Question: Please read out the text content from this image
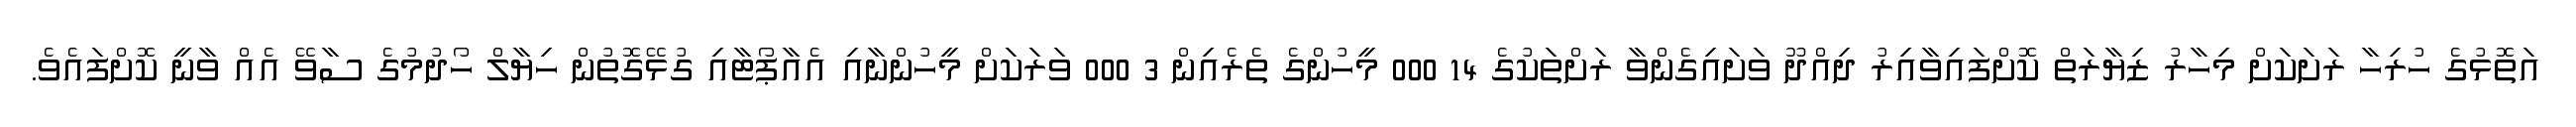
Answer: އަތޮޅުގެ ހުރިހާ ރަށަކަށް މިހާރު ޒިޔާރަތް ކޮށްފައިވާއިރު ދިއްދޫ ވަށައިގެންވާ ރަށްތަކުގެ 14 000 މީހުންގެ ތެރެއިން 3 000 ވަރަކަށް މީހުންނާއި އެއާޕޯޓާއި ގުޅޭގޮތުން ހިޔާލް ހޯދުމުގެ ސާވޭ އެއް ވާނީ ކޮށްފައެވެ.